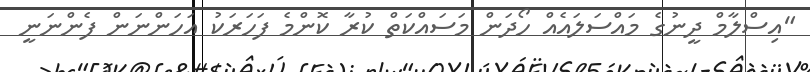
"އިސްލާމް ދީނުގެ މައްސަލައެއް ހޯދަން މަސައްކަތް ކުރާ ކޮންމެ ފަހަރަކު އަހަންނަން ފެންނަނީ